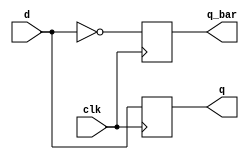
// code for a D flip-flop
module dff(d, clk, q, q_bar);
input d, clk;
output q, q_bar;
wire d, clk;
reg q, q_bar;

always @(posedge clk)
begin
    q <= d;
    q_bar <= !d;
end
endmodule